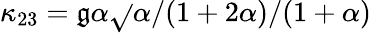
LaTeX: \kappa_{23}=\mathfrak{g}\alpha\sqrt{}{{\alpha/(1+2\alpha)}}/(1+\alpha)